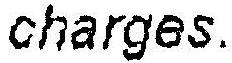
CHARGES.